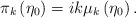
\begin{align*}\pi _{k}\left( \eta _{0}\right) =ik\mu _{k}\left( \eta _{0}\right) .\end{align*}